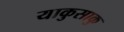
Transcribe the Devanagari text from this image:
याकुसाकु